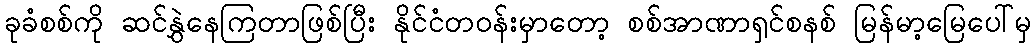
ခုခံစစ်ကို ဆင်နွှဲနေကြတာဖြစ်ပြီး နိုင်ငံတဝန်းမှာတော့ စစ်အာဏာရှင်စနစ် မြန်မာ့မြေပေါ်မှ